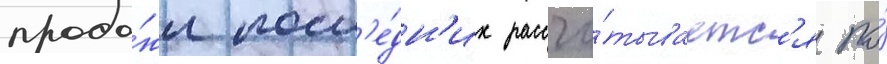
прода́жи посл'е́дн'их рассчи́тываетс'я по́